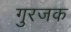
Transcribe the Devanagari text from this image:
गुरजक